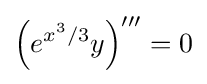
\left(e^{x^{3}/3}y\right)'''=0